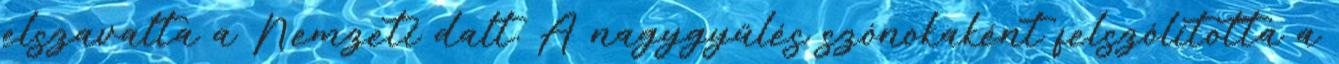
elszavalta a Nemzeti dalt. A nagygyűlés szónokaként felszólította a